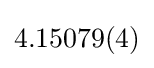
4.15079(4)